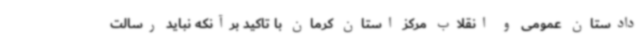
دادستان عمومی و انقلاب مرکز استان کرمان با تاکید برآنکه نباید رسالت